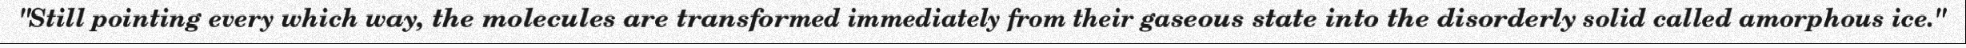
"Still pointing every which way, the molecules are transformed immediately from their gaseous state into the disorderly solid called amorphous ice."